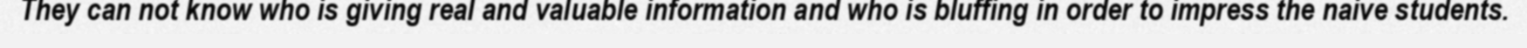
They can not know who is giving real and valuable information and who is bluffing in order to impress the naive students.